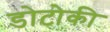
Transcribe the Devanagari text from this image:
डोटोकी